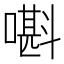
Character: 𡀃